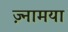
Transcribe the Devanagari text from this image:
ज़्नामया